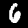
Digit: 6